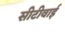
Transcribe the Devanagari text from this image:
सीटीवाई